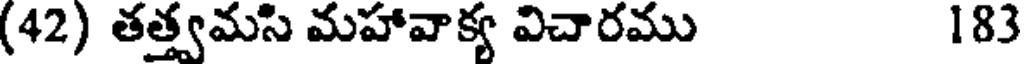
(42) తత్త్వమసి మహావాక్య విచారము 183